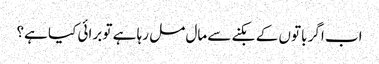
اب اگر باتوں کے بکنے سے مال مل رہا ہے تو برائی کیا ہے؟